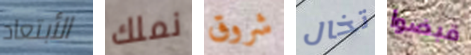
الأبتعاد نملك شروق تخال قبضوا